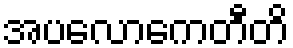
အပလောကေတီတိ